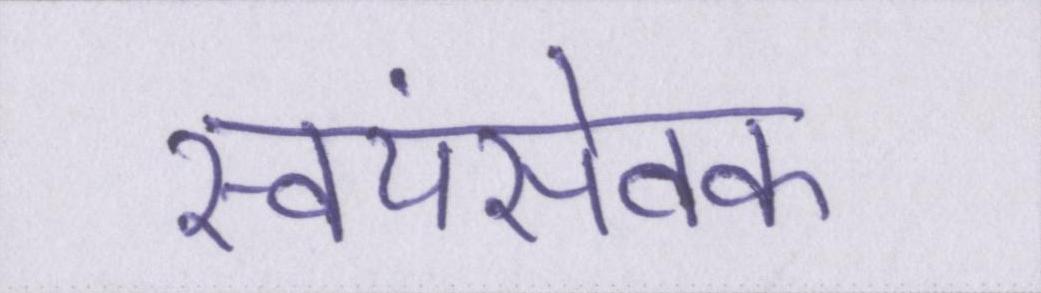
स्वयंसेवक